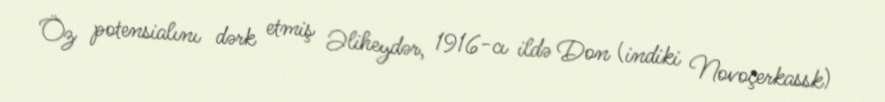
Öz potensialını dərk etmiş Əliheydər, 1916-cı ildə Don (indiki Novoçerkassk)